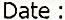
DATE :